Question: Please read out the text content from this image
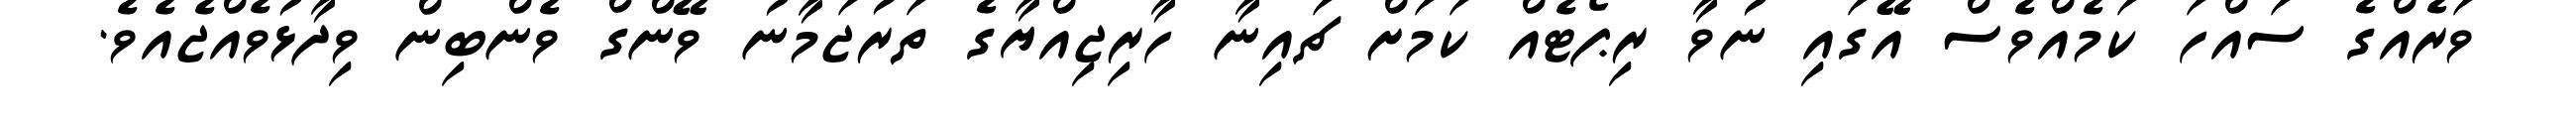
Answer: ވަރެއްގެ ސައްހަ ކަމެއްވެސް އޭގައި ނުވާ ރިޕޯޓެއް ކަމަށް ޗައިނާ ހާރިޖިއްޔާގެ ތަރުޖަމާނު ވޭންގް ވެންބިން ވިދާޅުވެއްޖެއެވެ.